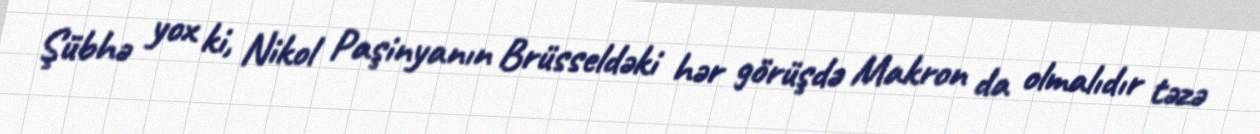
Şübhə yox ki, Nikol Paşinyanın Brüsseldəki hər görüşdə Makron da olmalıdır təzə